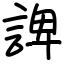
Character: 諀